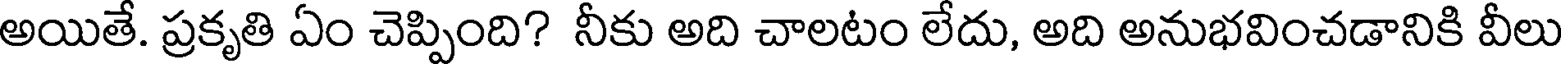
అయితే. ప్రకృతి ఏం చెప్పింది? నీకు అది చాలటం లేదు, అది అనుభవించడానికి వీలు